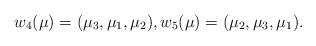
LaTeX: \begin{align*}w_4(\mu) = (\mu_3,\mu_1,\mu_2), w_5(\mu) = (\mu_2,\mu_3,\mu_1).\end{align*}